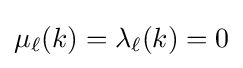
\mu _{\ell }(k)=\lambda _{\ell }(k)=0